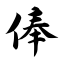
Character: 俸